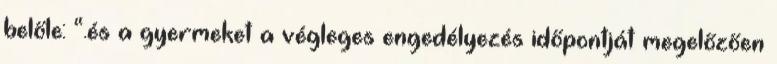
belőle: “.és a gyermeket a végleges engedélyezés időpontját megelőzően